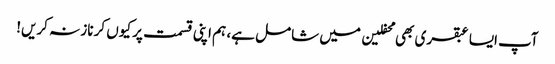
آپ ایسا عبقری بھی محفلین میں شامل ہے، ہم اپنی قسمت پر کیوں کر ناز نہ کریں!